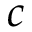
c